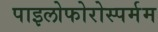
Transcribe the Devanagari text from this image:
पाइलोफोरोस्पर्मम